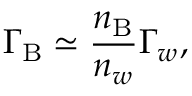
\Gamma _ { \mathrm { B } } \simeq \frac { n _ { \mathrm { B } } } { n _ { w } } \Gamma _ { w } ,